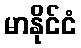
မာနိုင်ငံ